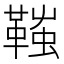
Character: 䩶